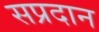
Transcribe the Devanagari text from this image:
सप्रदान